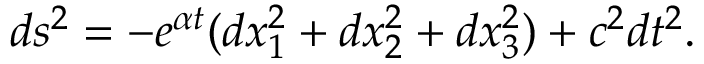
d s ^ { 2 } = - e ^ { \alpha t } ( d x _ { 1 } ^ { 2 } + d x _ { 2 } ^ { 2 } + d x _ { 3 } ^ { 2 } ) + c ^ { 2 } d t ^ { 2 } .